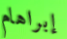
إبراهام